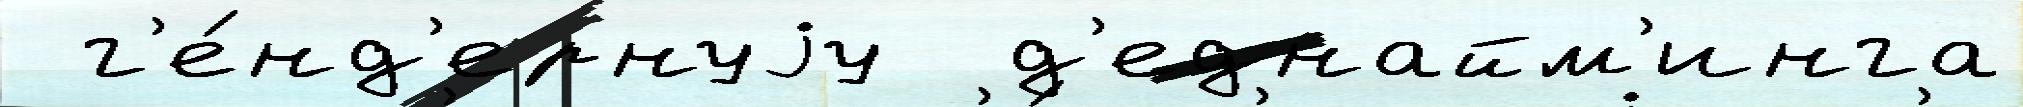
 г'е́нд'ернуjу  д'еднайм'инга